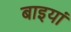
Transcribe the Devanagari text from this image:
बाइयां